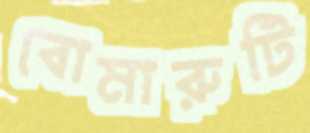
বোমারুটি